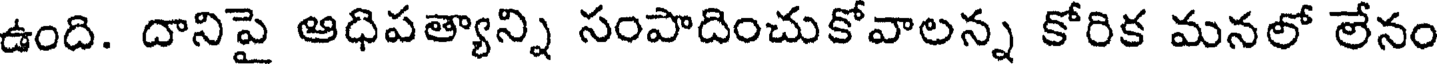
ఉంది. దానిపై ఆధిపత్యాన్ని సంపాదించుకోవాలన్న కోరిక మనలో లేనం